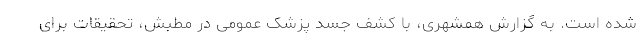
شده است. به گزارش همشهری، با کشف جسد پزشک عمومی در مطبش، تحقیقات برای